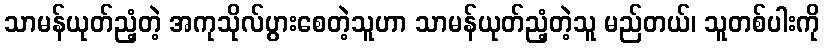
သာမန်ယုတ်ညံ့တဲ့ အကုသိုလ်ပွားစေတဲ့သူဟာ သာမန်ယုတ်ညံ့တဲ့သူ မည်တယ်၊ သူတစ်ပါးကို